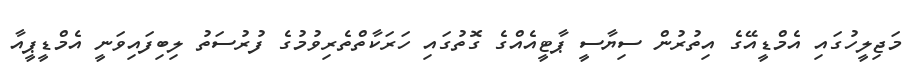
މަޖިލީހުގައި އެމްޑީއޭގެ އިތުރުން ސިޔާސީ ޕާޓީއެއްގެ ގޮތުގައި ހަރަކާތްތެރިވުމުގެ ފުރުސަތު ލިބިފައިވަނީ އެމްޑީޕީއާ